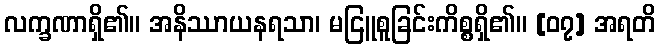
လက္ခဏာရှိ၏။ အနိဿာယနရသာ၊ မငြူစူခြင်းကိစ္စရှိ၏။ [၀၇] အရတိ